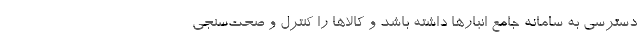
دسترسی به سامانه جامع انبارها داشته باشد و کالاها را کنترل و صحت‌سنجی